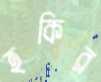
হকির